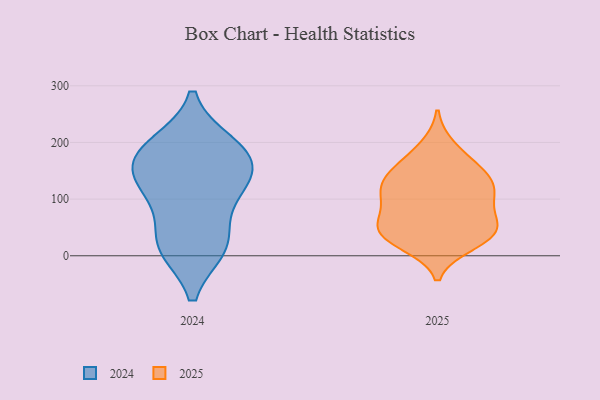
{"axis": {"x": "Revenue (USD Million)", "y": "Value"}, "legend": ["2024", "2025"], "data": [{"x": "", "y": 151, "type": "2025"}, {"x": "", "y": 112, "type": "2025"}, {"x": "", "y": 35, "type": "2025"}, {"x": "", "y": 140, "type": "2025"}, {"x": "", "y": 55, "type": "2025"}, {"x": "", "y": 87, "type": "2025"}, {"x": "", "y": 42, "type": "2025"}, {"x": "", "y": 119, "type": "2025"}, {"x": "", "y": 21, "type": "2025"}, {"x": "", "y": 192, "type": "2025"}, {"x": "", "y": 65, "type": "2025"}, {"x": "", "y": 108, "type": "2025"}, {"x": "", "y": 34, "type": "2025"}, {"x": "", "y": 164, "type": "2025"}, {"x": "", "y": 43, "type": "2025"}, {"x": "", "y": 124, "type": "2025"}, {"x": "", "y": 133, "type": "2024"}, {"x": "", "y": 166, "type": "2024"}, {"x": "", "y": 18, "type": "2024"}, {"x": "", "y": 16, "type": "2024"}, {"x": "", "y": 195, "type": "2024"}, {"x": "", "y": 177, "type": "2024"}, {"x": "", "y": 184, "type": "2024"}, {"x": "", "y": 25, "type": "2024"}, {"x": "", "y": 113, "type": "2024"}, {"x": "", "y": 116, "type": "2024"}]}